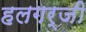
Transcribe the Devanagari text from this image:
हलगर्जी